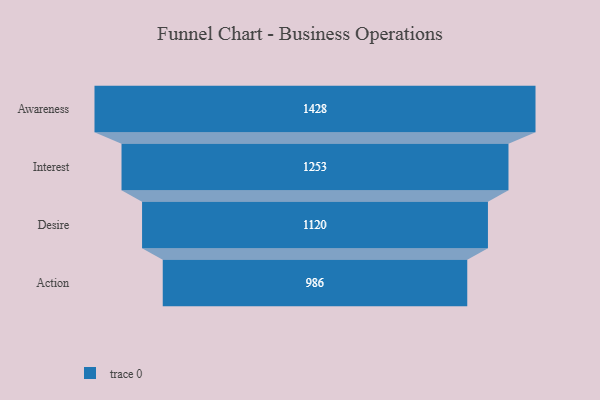
{"axis": {"x": "Stage", "y": "Value"}, "legend": [""], "data": [{"x": "Awareness", "y": 1428.0, "type": ""}, {"x": "Interest", "y": 1253.0, "type": ""}, {"x": "Desire", "y": 1120.0, "type": ""}, {"x": "Action", "y": 986.0, "type": ""}]}